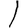
Digit: 1